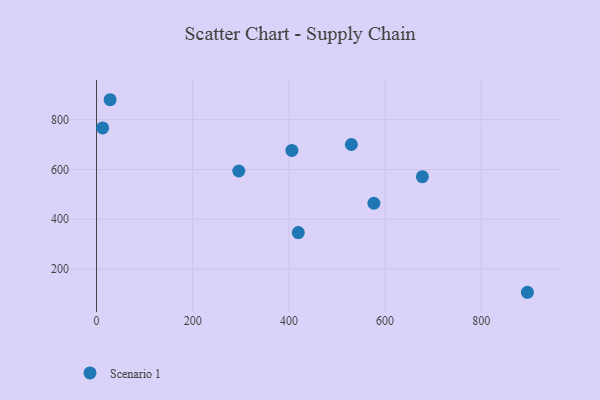
{"axis": {"x": "Distance", "y": "Demand"}, "legend": ["Scenario 1"], "data": [{"x": "295.8", "y": 594.0, "type": "Scenario 1"}, {"x": "576.7", "y": 464.3, "type": "Scenario 1"}, {"x": "12.7", "y": 767.0, "type": "Scenario 1"}, {"x": "28.3", "y": 880.5, "type": "Scenario 1"}, {"x": "406.2", "y": 676.5, "type": "Scenario 1"}, {"x": "529.8", "y": 700.5, "type": "Scenario 1"}, {"x": "677.5", "y": 571.1, "type": "Scenario 1"}, {"x": "419.5", "y": 346.6, "type": "Scenario 1"}, {"x": "895.8", "y": 106.4, "type": "Scenario 1"}]}